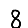
Digit: 8